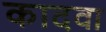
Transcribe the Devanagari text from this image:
कादवा